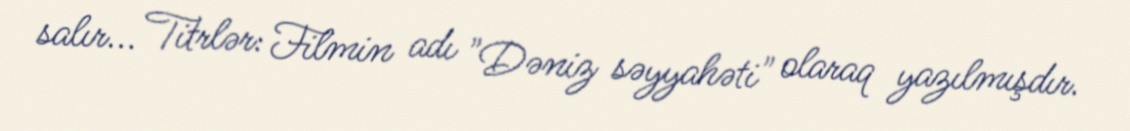
salır... Titrlər: Filmin adı "Dəniz səyyahəti" olaraq yazılmışdır.